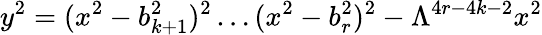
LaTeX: y^{2}=(x^{2}-b_{k+1}^{2})^{2}\ldots(x^{2}-b_{r}^{2})^{2}-\Lambda^{4r-4k-2}x^{2}